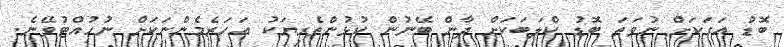
ބޮޑު އަގަކަށް ނުވަތަ ބޮޑު ކްލަބަކަށް ދާން ބޭނުން ކުޅުންތެރިޔަކު އަހަރެމެންނަކަށް ނުހުއްޓުވޭނެ.